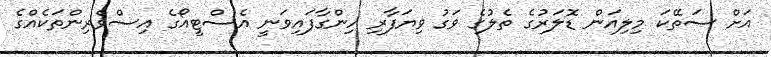
އަށް ސަތޭކަ މިލިއަން ޑޮލަރުގެ ތެލުގެ ވަގު ވިޔަފާރި ހިންގާފައިވަނީ އެސްޓީއޯގެ އިސްވެރިންތަކެއްގެ